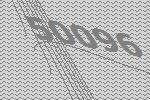
50096